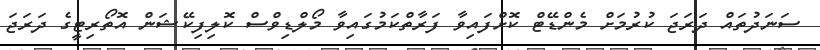
ސަނަދުތައް ދަރަޖަ ކުރުމަށް މެންޑޭޓް ކޮށްފައިވާ ފަރާތްކަމުގައިވާ މޯލްޑިވްސް ކޮލިފިކޭޝަން އޮތޯރިޓީގެ ދަރަޖަ